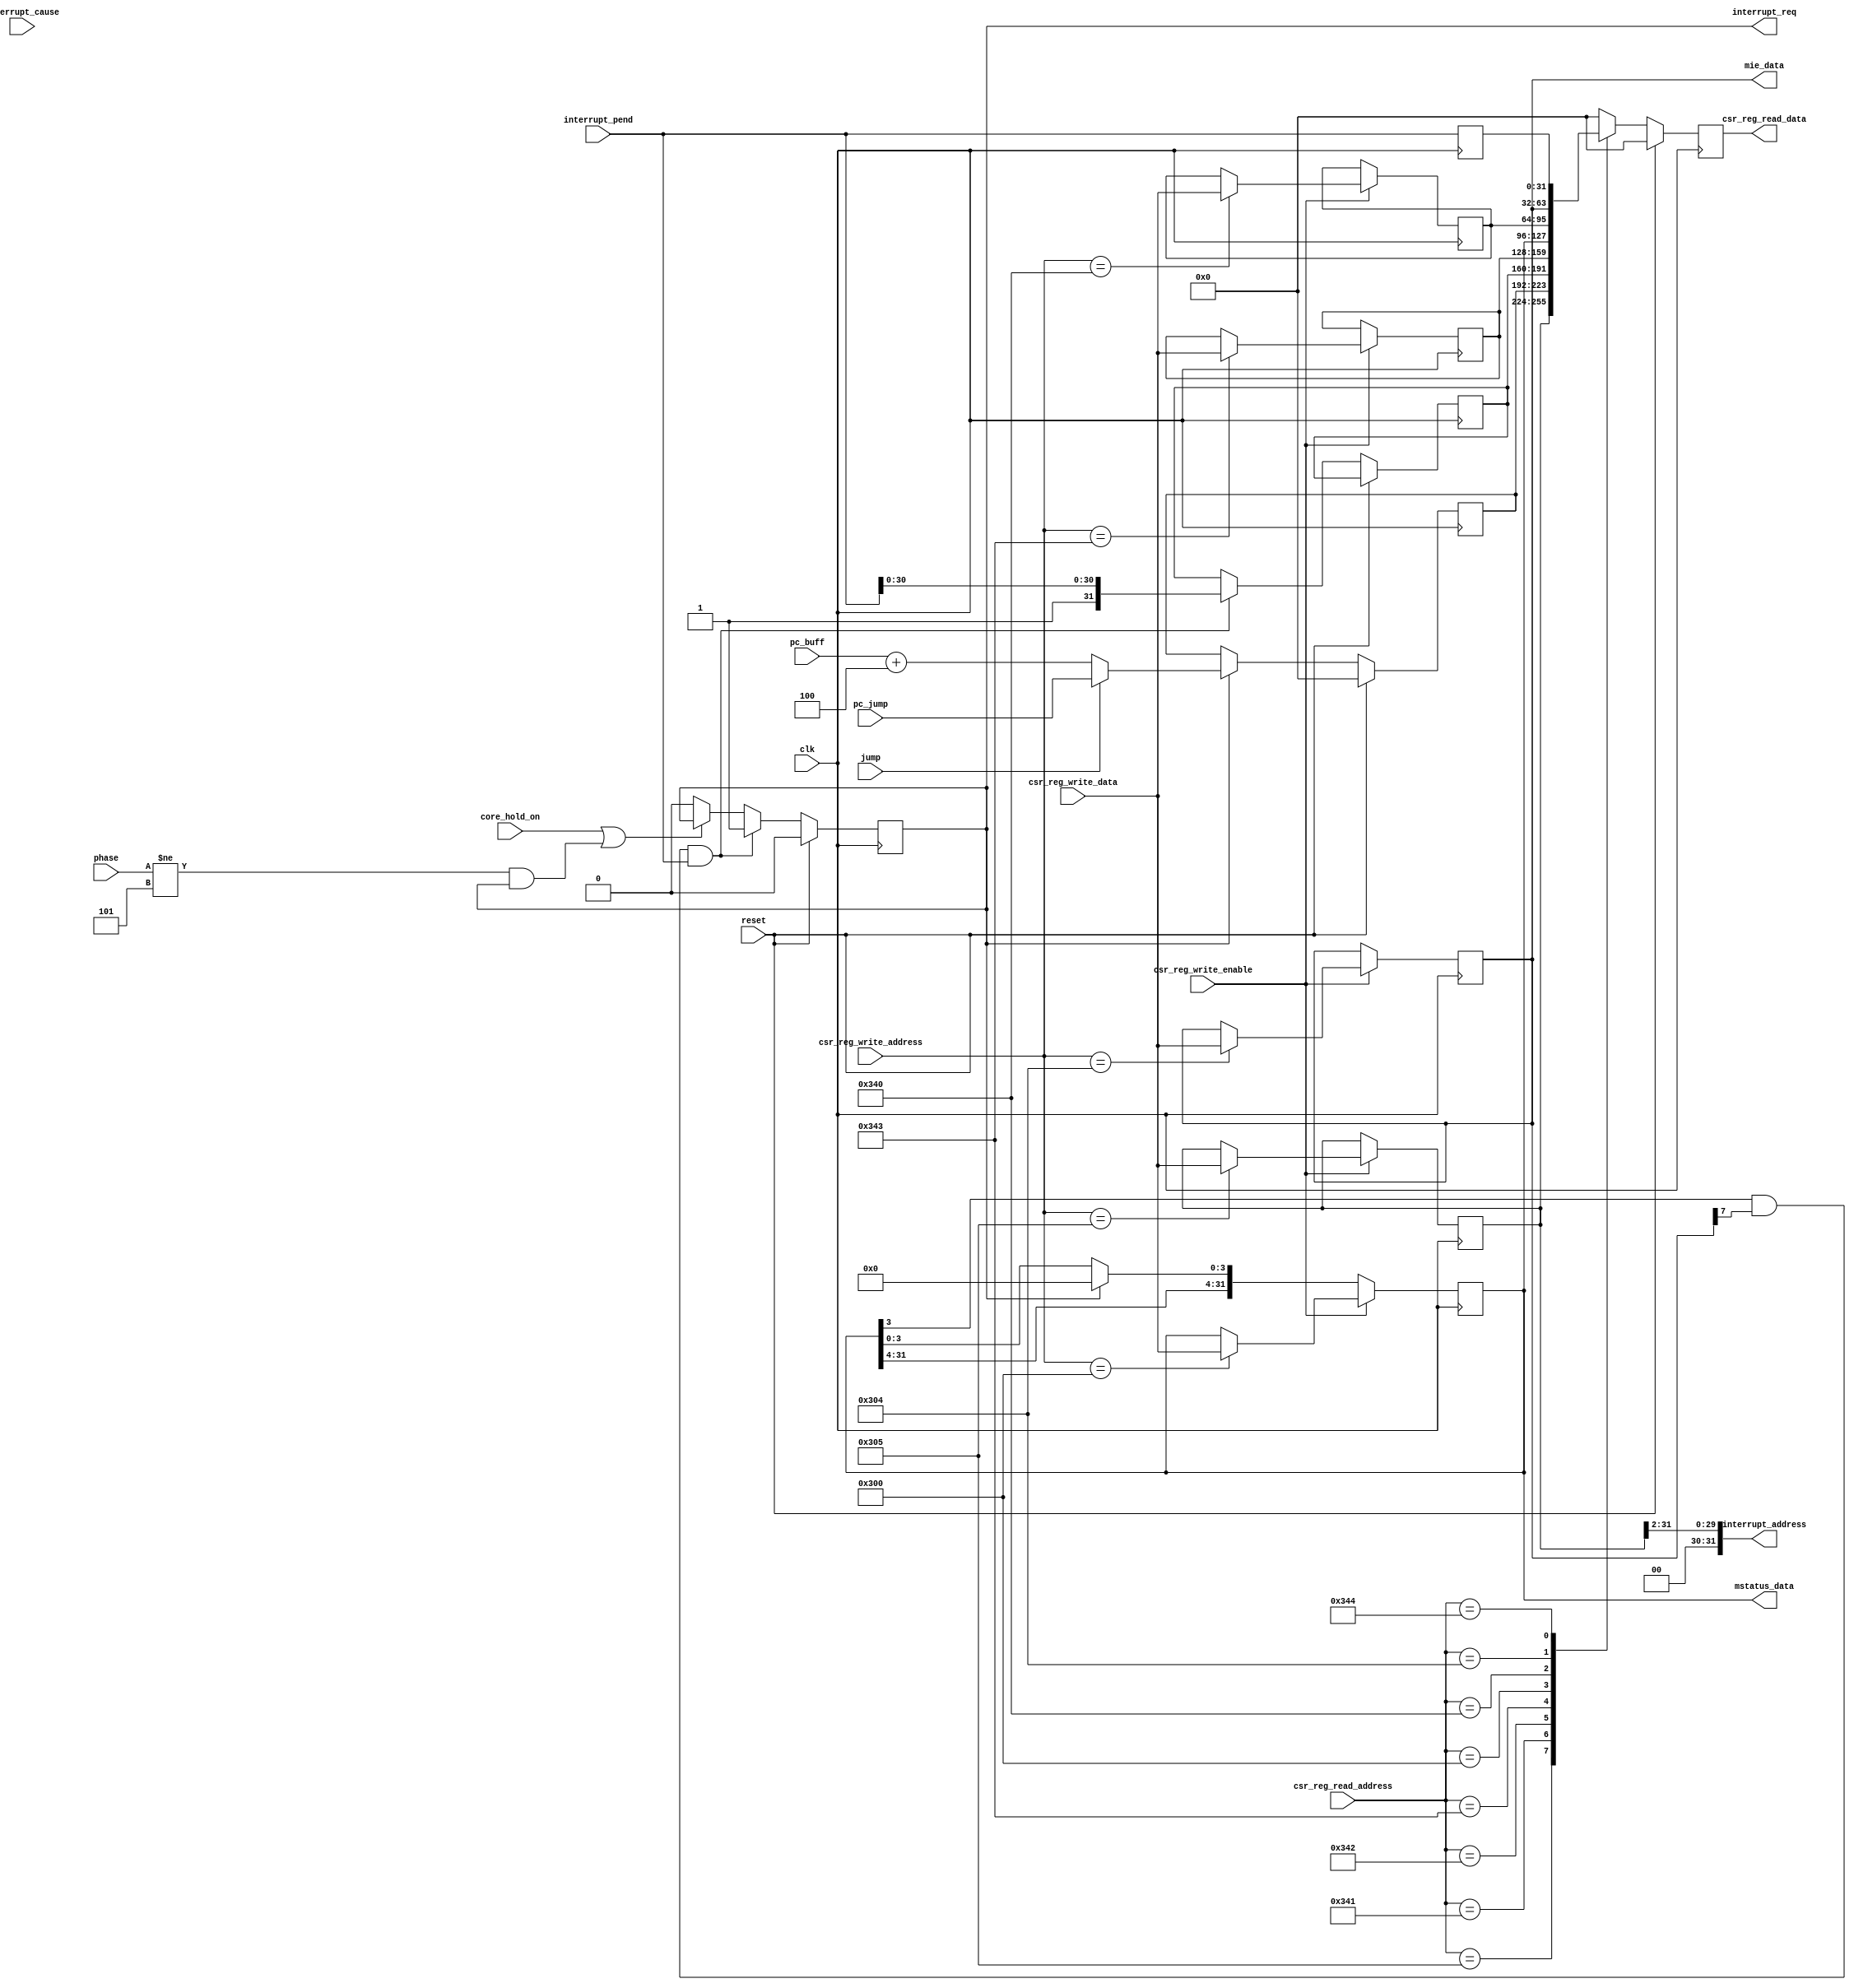
module csr_reg (
    input clk,
    input reset,
    input [11:0] csr_reg_write_address,
    input [31:0] csr_reg_write_data,
    input csr_reg_write_enable,
    input [11:0] csr_reg_read_address,
    output reg [31:0] csr_reg_read_data,
    output [31:0] mstatus_data,
    output [31:0] mie_data,


    input core_hold_on,//core hold on 
    input [2:0] phase,//phase!=3
    input [31:0] pc_buff,
    input jump,
    input [31:0] pc_jump,
    output wire [31:0] interrupt_address,
    input [31:0] interrupt_pend,
    input [31:0] interrupt_cause,
    output reg interrupt_req
);
    localparam mvendorid_address=12'hf11,marchid_address=12'hf12,mimpid_address=12'hf13,mhartid_address=12'hf14,
    mstatus_address=12'h300,misa_address=12'h301,medeleg_address=12'h302,mideleg_address=12'h303,mie_address=12'h304,
    mtvec_address=12'h305,mcounteren_address=12'h306,
    mscratch_address=12'h340,mepc_address=12'h341,mcause_address=12'h342,mtval_address=12'h343,mip_address=12'h344;
    //reg [31:0] csr_reg [7:0];//trap

    (* keep = "true" *) reg [31:0] mtvec=32'b0;
    (* keep = "true" *) reg [31:0] mepc=32'b0;
    (* keep = "true" *) reg [31:0] mcause=32'b0;
    (* keep = "true" *) reg [31:0] mtval=32'b0;
    (* keep = "true" *) reg [31:0] mstatus=32'b0;
    (* keep = "true" *) reg [31:0] mscratch=32'b0;
    (* keep = "true" *) reg [31:0] mie=32'b0;
    (* keep = "true" *) reg [31:0] mip=32'b0;

    assign mstatus_data=mstatus;
    assign mie_data=mie;
    assign interrupt_address={2'b0,mtvec[31:2]};
    // assign mepc=mcause[31]?pc_buff+3'd4:pcbuff;
    always @(posedge clk ) begin
        if(csr_reg_write_enable)begin
            case(csr_reg_write_address)
                mtvec_address:begin
                    mtvec<=csr_reg_write_data;
                end
                mtval_address:begin
                    mtval<=csr_reg_write_data;
                end
                mstatus_address:begin
                    mstatus<=csr_reg_write_data;
                end
                mscratch_address:begin
                    mscratch<=csr_reg_write_data;
                end
                mie_address:begin
                    mie<=csr_reg_write_data;
                end
                default:begin
                    
                end

            endcase
        end
        else if(interrupt_req)begin
            mstatus<={mstatus[31:4],4'b0};
        end
    end

    always@(posedge clk)begin
        if(reset)begin
            csr_reg_read_data<=32'b0;
        end
        else begin
            case(csr_reg_read_address)
                mtvec_address:begin
                    csr_reg_read_data<=mtvec;
                end
                mepc_address:begin
                    csr_reg_read_data<=mepc;
                end
                mcause_address:begin
                    csr_reg_read_data<=mcause;
                end
                mtval_address:begin
                    csr_reg_read_data<=mtval;
                end
                mstatus_address:begin
                    csr_reg_read_data<=mstatus;
                end
                mscratch_address:begin
                    csr_reg_read_data<=mscratch;
                end
                mie_address:begin
                    csr_reg_read_data<=mie;
                end
                mip_address:begin
                    csr_reg_read_data<=mip;
                end
                default:begin
                    csr_reg_read_data<=32'b0;
                end
            endcase
        end
        
    end

    //----------------------------------trap-------------------------------------------
    always @(posedge clk ) begin
        if(reset)begin
            interrupt_req<=1'b0;
        end
        else if(mstatus[3] && mie[7] && (interrupt_pend))begin

            // mcause <= mcause|32'h8000_0080;//
            mcause <= {1'b1,interrupt_pend[30:0]};//716rx
            interrupt_req<=1'b1;
        end//timer_int
        else if(core_hold_on||(phase!=3'd5&&interrupt_req))begin
            interrupt_req<=interrupt_req;
        end
        else begin
            interrupt_req<=1'b0;
        end
    end

    always @(posedge clk ) begin
        if(reset)begin
            mepc<=32'b0;
        end
        else if(interrupt_req)begin
            if(jump)begin
                mepc<=pc_jump;
            end
            else begin
                mepc<=pc_buff+3'd4;
            end
        end
    end

    always @(posedge clk ) begin
        mip<=interrupt_pend;
    end

    

endmodule //csr_reg